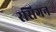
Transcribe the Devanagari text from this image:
रसिगन